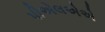
પીએલએએ